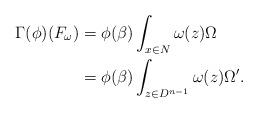
LaTeX: \begin{align*}\Gamma (\phi)(F_{\omega})&=\phi(\beta)\int _{x\in N} \omega (z)\Omega \\&=\phi(\beta)\int _{z\in D^{n-1}} \omega (z)\Omega'. \end{align*}